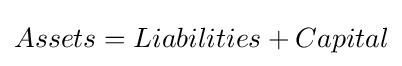
Assets=Liabilities+Capital